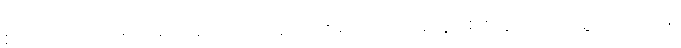
ညှပ်ကာ အားရသည်အထိ ဝတ်ဆင်စေ၍ ပြည်ပဆန်ဈေးကွက်ကို သူ့ကိုယ်ထဲရှိ